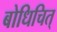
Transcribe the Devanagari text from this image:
बोधिचित्